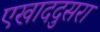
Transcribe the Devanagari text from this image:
एखाददुसरा